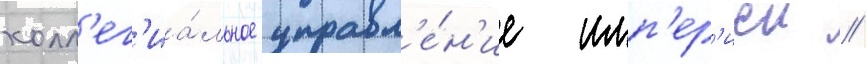
колл'ег'иа́льное управл'е́н'ие имп'ер'иеи //